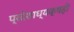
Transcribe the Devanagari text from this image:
प्रदेशाध्यक्षही